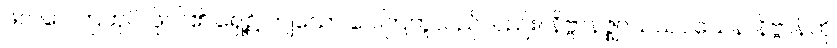
ဖလဂေါတြဘုပိ၊ ဖိုလ်၏ ရှေ့၌ ကျသော ဂေါတြဘူသည်လည်း။ နိဗ္ဗာနဇ္ဈာသယဝသေန၊ နိဗ္ဗာန်ကို